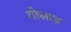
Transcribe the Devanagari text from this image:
गोलाध्र